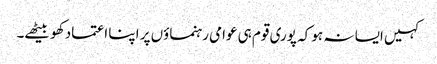
کہیں ایسا نہ ہو کہ پوری قوم ہی عوامی رہنماؤں پر اپنا اعتماد کھو بیٹھے۔